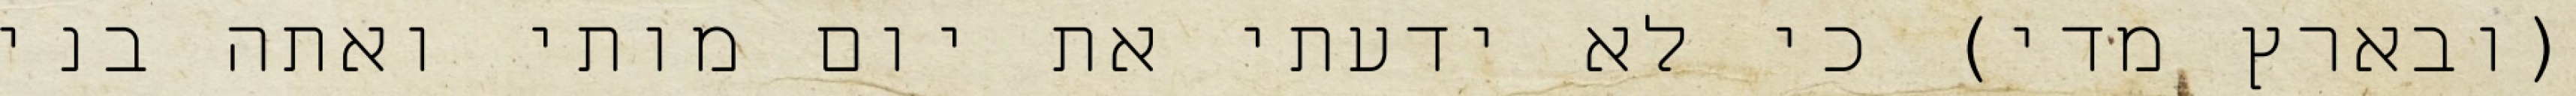
(ובארץ מדי) כי לא ידעתי את יום מותי ואתה בני